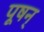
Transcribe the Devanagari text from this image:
पूषन्